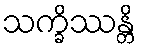
သက္ခိဿန္တိ